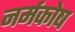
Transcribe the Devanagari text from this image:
नर्मकोष